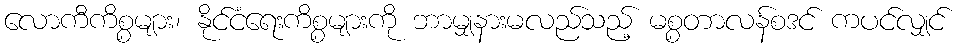
လောကီကိစ္စများ၊ နိုင်ငံရေးကိစ္စများကို ဘာမျှနားမလည်သည့် မစ္စတာလန်စဒင် ကပင်လျှင်